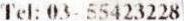
TEL: 03- 55423228